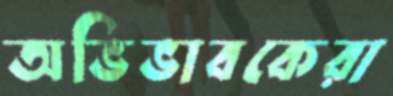
অভিভাবকেরা